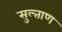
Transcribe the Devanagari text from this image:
सुल्ताण